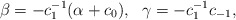
\begin{align*}\beta=-c_1^{-1}(\alpha+c_0),~~\gamma=-c_1^{-1}c_{-1},\end{align*}